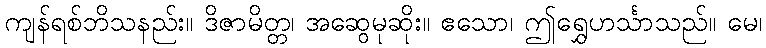
ကျန်ရစ်ဘိသနည်း။ ဒိဇာမိတ္တ၊ အဆွေမုဆိုး။ ဧသော၊ ဤရွှေဟင်္သာသည်။ မေ၊